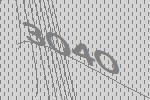
3040